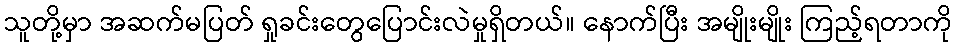
သူတို့မှာ အဆက်မပြတ် ရှုခင်းတွေပြောင်းလဲမှုရှိတယ်။ နောက်ပြီး အမျိုးမျိုး ကြည့်ရတာကို